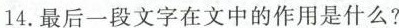
14.最后一段文字在文中的作用是什么?